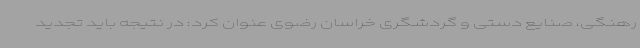
رهنگی، صنایع دستی و گردشگری خراسان رضوی عنوان کرد: در نتیجه باید تجدید